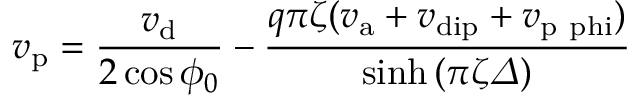
v _ { \mathrm { p } } = \frac { v _ { \mathrm { d } } } { 2 \cos \phi _ { 0 } } - \frac { q \pi \zeta ( v _ { \mathrm { a } } + v _ { \mathrm { d i p } } + v _ { \mathrm { p \ p h i } } ) } { \sinh \left( \pi \zeta \varDelta \right) }